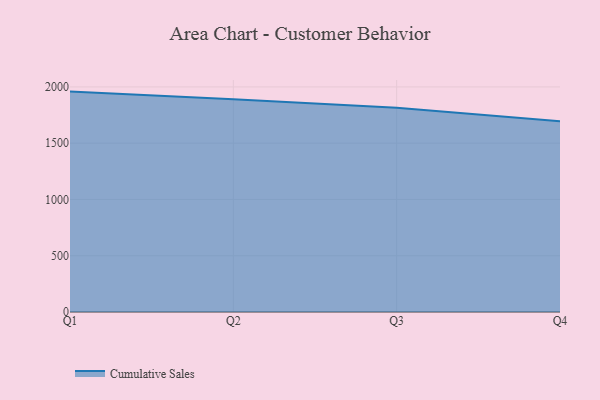
{"axis": {"x": "Quarter", "y": "LTV (USD)"}, "legend": ["Cumulative Sales"], "data": [{"x": "Q1", "y": 1958.3, "type": "Cumulative Sales"}, {"x": "Q2", "y": 1890.0, "type": "Cumulative Sales"}, {"x": "Q3", "y": 1813.8, "type": "Cumulative Sales"}, {"x": "Q4", "y": 1694.8, "type": "Cumulative Sales"}]}